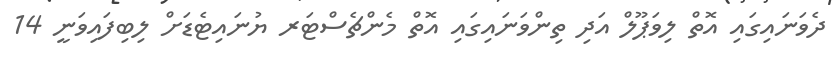
ދެވަނައިގައި އޮތް ލިވަޕޫލް އަދި ތިންވަނައިގައި އޮތް މެންޗެސްޓަރ ޔުނައިޓެޑަށް ލިބިފައިވަނީ 14